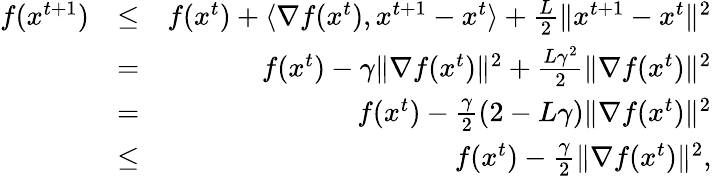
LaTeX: \begin{array}{rlr}{f(x^{t+1})}&{\leq}&{f(x^{t})+\langle\nabla f(x^{t}),x^{t+1}-x^{t}\rangle+\frac{L}{2}\| x^{t+1}-x^{t}\| ^{2}}\\ &{=}&{f(x^{t})-\gamma\Vert\nabla f(x^{t})\Vert^{2}+\frac{L\gamma^{2}}{2}\| \nabla f(x^{t})\| ^{2}}\\ &{=}&{f(x^{t})-\frac{\gamma}{2}\left(2-L\gamma\right)\Vert\nabla f(x^{t})\Vert^{2}}\\ &{\leq}&{f(x^{t})-\frac{\gamma}{2}\Vert\nabla f(x^{t})\Vert^{2},}\end{array}